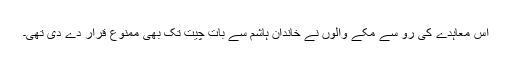
اس معاہدے کی رُو سے مکے والوں نے خاندانِ ہاشم سے بات چیت تک بھی ممنوع قرار دے دی تھی۔